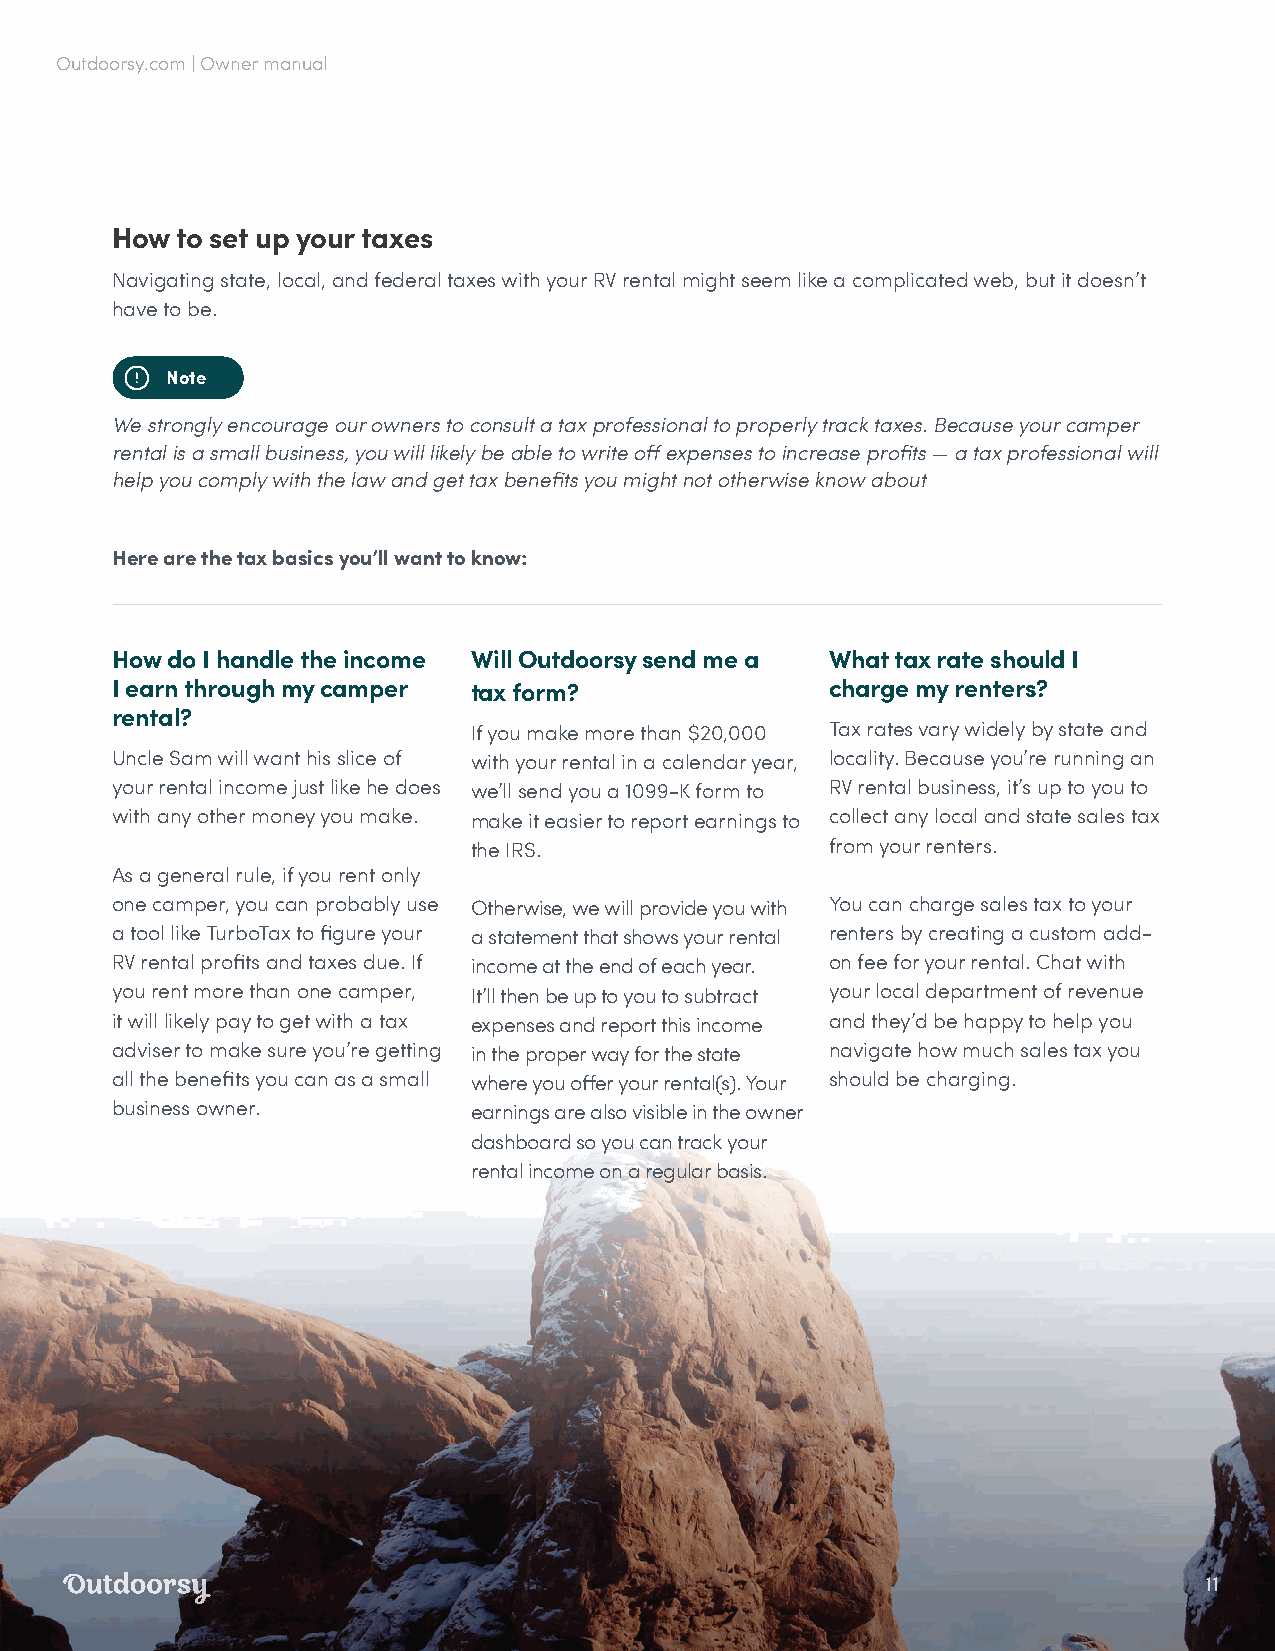
Outdoorsy.com | Owner manual
 How  to set up your taxes
 Navigating state, local, and federal taxes with your RV rental might seem like a complicated web, but it doesn’t
 have to be.
 Note
 We strongly encourage our owners to consult a tax professional to properly track taxes. Because your camper
 rental is a small business, you will likely be able to write off expenses to increase profits — a tax professional will
 help you comply with the law and get tax benefits you might not otherwise know about
 Here are the tax basics you’ll want to know:
 How do I handle the income Will Outdoorsy send me a What tax rate should I
 I earn through my camper tax form?              charge my renters?
 rental?
 If you make more than $20,000 Tax rates vary widely by state and
 Uncle Sam will want his slice of with your rental in a calendar year, locality. Because you’re running an
 your rental income just like he does we’ll send you a 1099-K form to RV rental business, it’s up to you to
 with any other money you make. make it easier to report earnings to collect any local and state sales tax
 the IRS.                from your renters.
 As a general rule, if you rent only
 one camper, you can probably use Otherwise, we will provide you with You can charge sales tax to your
 a tool like TurboTax to figure your a statement that shows your rental renters by creating a custom add-
 RV rental profits and taxes due. If income at the end of each year. on fee for your rental. Chat with
 you rent more than one camper, It’ll then be up to you to subtract your local department of revenue
 it will likely pay to get with a tax expenses and report this income and they’d be happy to help you
 adviser to make sure you’re getting in the proper way for the state navigate how much sales tax you
 all the benefits you can as a small where you offer your rental(s). Your should be charging.
 business owner.         earnings are also visible in the owner
 dashboard so you can track your
 rental income on a regular basis.
 11